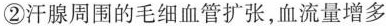
②汗腺周围的毛细血管扩张，血流量增多